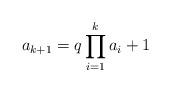
LaTeX: \begin{align*}a_{k+1} = q\prod_{i=1}^k a_i + 1 \end{align*}